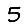
Digit: 5